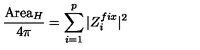
\frac { \mathrm { A r e a } _ { H } } { 4 \pi } = \sum _ { i = 1 } ^ { p } \vert Z _ { i } ^ { f i x } \vert ^ { 2 }